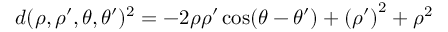
d ( \rho , \rho ^ { \prime } , \theta , \theta ^ { \prime } ) ^ { 2 } = - 2 \rho \rho ^ { \prime } \cos ( \theta - \theta ^ { \prime } ) + { ( \rho ^ { \prime } ) } ^ { 2 } + \rho ^ { 2 }